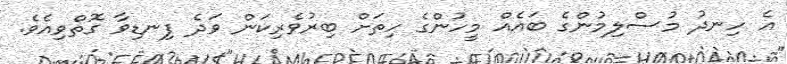
އެ ހިނދު މުސްލިމުންގެ ބައެއް މީހުންގެ ހިތަށް ބިރުވެރިކަން ވަދެ ފިނޑިވާ ގޮތްވިއެވެ.